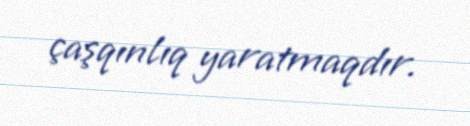
çaşqınlıq yaratmaqdır.